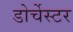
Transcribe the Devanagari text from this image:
डोर्चेस्टर